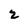
Character: 2